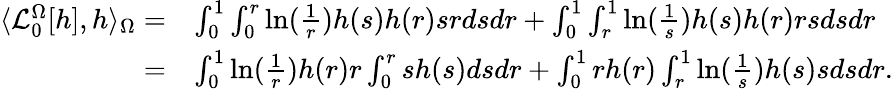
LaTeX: \begin{array}{rl}{\langle\mathcal{L}_{0}^{\Omega}[h],h\rangle_{\Omega}=}&{\int_{0}^{1}\int_{0}^{r}\ln(\frac 1r)h(s)h(r)srdsdr+\int_{0}^{1}\int_{r}^{1}\ln(\frac 1s)h(s)h(r)rsdsdr}\\ {=}&{\int_{0}^{1}\ln(\frac 1r)h(r)r\int_{0}^{r}sh(s)dsdr+\int_{0}^{1}rh(r)\int_{r}^{1}\ln(\frac 1s)h(s)sdsdr.}\end{array}